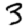
Digit: 3